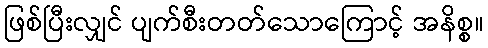
ဖြစ်ပြီးလျှင် ပျက်စီးတတ်သောကြောင့် အနိစ္စ။